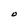
Character: O